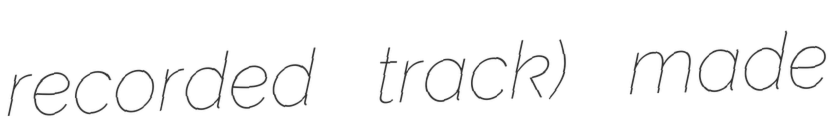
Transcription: recorded track) made